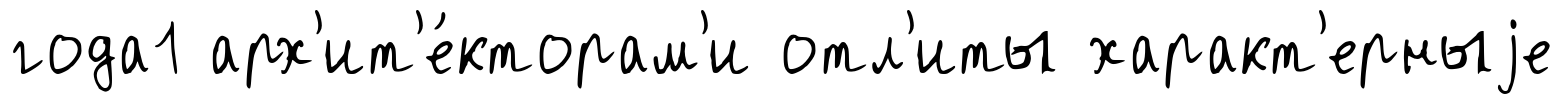
года1 арх'ит'е́кторам'и отл'иты характ'ерныjе